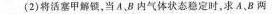
(2)将活塞甲解镇，当A、B内气体状态稳定时，求A、B两